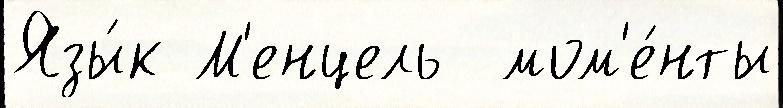
Язы́к М'енцель  мом'е́нты